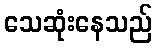
သေဆုံးနေသည်